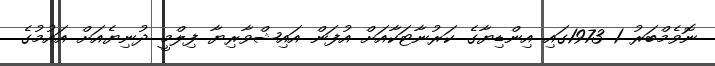
ނޮވެމްބަރު 1 1973ގައި އިންޑިޔާގެ ކަރުނާޓަކާއަށް އުފަން އައިޝްވާރިޔާ ފިލްމީ ދުނިޔެއަށް އައުމުގެ